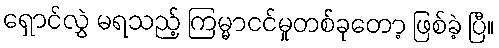
ရှောင်လွှဲ မရသည့် ကြမ္မာငင်မှုတစ်ခုတော့ ဖြစ်ခဲ့ ပြီ။